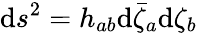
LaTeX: \mathrm{d}s^{2}=h_{ab}\mathrm{d}\bar{{\zeta}}_{a}\mathrm{d}\zeta_{b}